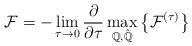
LaTeX: \begin{align*} {\cal F} = -\lim_{\tau\rightarrow 0}\frac{\partial}{\partial \tau} \max_{{\mathbb Q},\tilde{\mathbb Q}} \left\{ {\cal F}^{(\tau)} \right\}\end{align*}